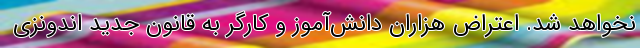
نخواهد شد. اعتراض هزاران دانش‌آموز و کارگر به قانون جدید اندونزی